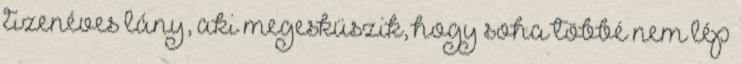
tizenéves lány, aki megesküszik, hogy soha többé nem lép